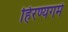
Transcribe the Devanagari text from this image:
हिरण्यगर्म